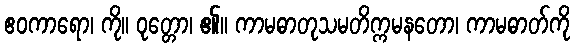
ဧဝကာရော၊ ကို။ ဝုတ္တော၊ ၏။ ကာမဓာတုသမတိက္ကမနတော၊ ကာမဓာတ်ကို